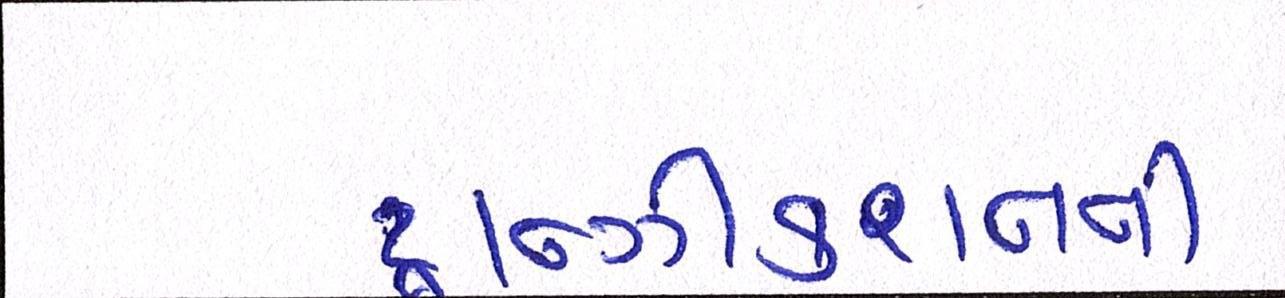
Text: ટ્રાન્ઝીકશનની